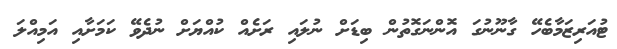
ޓުއަރިޒަމާބެހޭ ގާނޫނުގަ އޮންނަގޮތުން ބިޑަށް ނުލައި ރަށެއް ކުއްޔަށް ނުދެވޭ ކަމަށާއި އަމިއްލަ